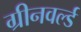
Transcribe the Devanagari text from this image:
ग्रीनवर्ल्ड